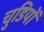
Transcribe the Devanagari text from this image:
चुडियों